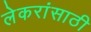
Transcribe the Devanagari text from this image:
लेकरांसाठी